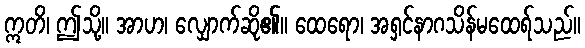
ဣတိ၊ ဤသို့။ အာဟ၊ လျှောက်ဆို၏။ ထေရော၊ အရှင်နာဂသိန်မထေရ်သည်။